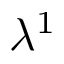
\lambda ^ { 1 }